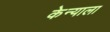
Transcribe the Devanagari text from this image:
केन्याला